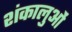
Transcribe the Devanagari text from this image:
शंकालुओं